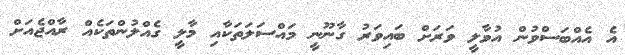
އެ އެއްބަސްވުން އުވާލީ ވަރަށް ބައިވަރު ގާނޫނީ މައްސަލަތަކާއި މާލީ ގެއްލުންތަކެއް ރާއްޖެއަށް